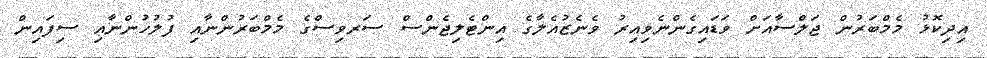
އިދިކޮޅު މެމްބަރުން ޖަލްސާއަށް ވަޑައިގެންނެވިއިރު ވެނެޒުއެލާގެ އިންޓެލިޖެންސް ސަރވިސްގެ މެމްބަރުންނާއި ފުލުހުންނާއި ސިފައިން